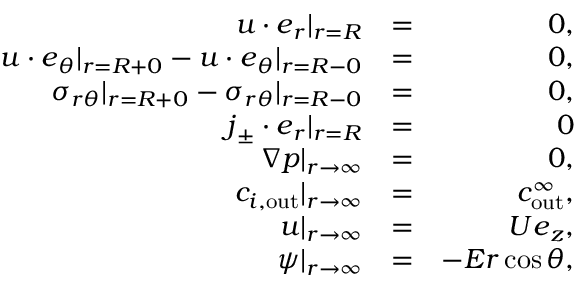
\begin{array} { r l r } { \boldsymbol { u } \cdot \boldsymbol { e } _ { r } | _ { r = R } } & { = } & { 0 , } \\ { \boldsymbol { u } \cdot \boldsymbol { e } _ { \theta } | _ { r = R + 0 } - \boldsymbol { u } \cdot \boldsymbol { e } _ { \theta } | _ { r = R - 0 } } & { = } & { 0 , } \\ { \sigma _ { r \theta } | _ { r = R + 0 } - \sigma _ { r \theta } | _ { r = R - 0 } } & { = } & { 0 , } \\ { \boldsymbol { j } _ { \pm } \cdot \boldsymbol { e } _ { r } | _ { r = R } } & { = } & { 0 } \\ { \nabla p | _ { r \to \infty } } & { = } & { 0 , } \\ { c _ { i , \mathrm { o u t } } | _ { r \to \infty } } & { = } & { c _ { \mathrm { o u t } } ^ { \infty } , } \\ { \boldsymbol { u } | _ { r \to \infty } } & { = } & { U \boldsymbol { e } _ { z } , } \\ { \psi | _ { r \to \infty } } & { = } & { - E r \cos \theta , } \end{array}